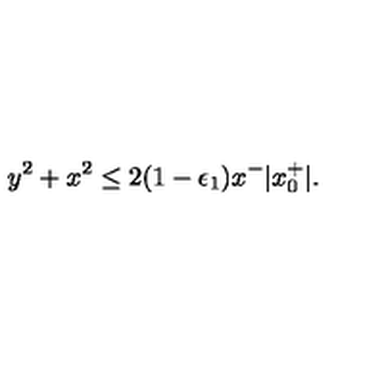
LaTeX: y ^ { 2 } + x ^ { 2 } \le 2 ( 1 - \epsilon _ { 1 } ) x ^ { - } | x _ { 0 } ^ { + } | .